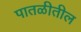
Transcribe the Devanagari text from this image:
पातळीतील